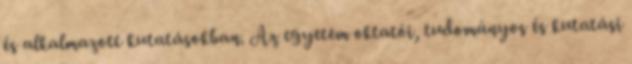
és alkalmazott kutatásokban. Az egyetem oktatói, tudományos és kutatási